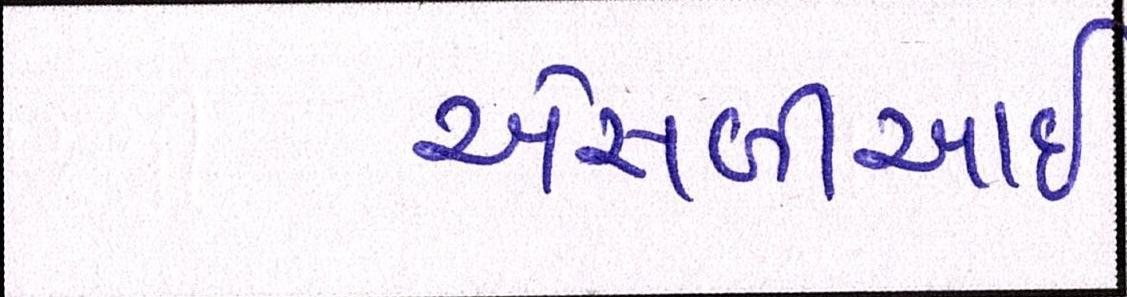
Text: એસબીઆઇ